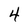
Character: 4